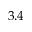
3 . 4